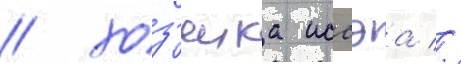
/ хоз'яика иссэа //